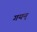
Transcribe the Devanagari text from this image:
गयन्